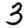
Digit: 3